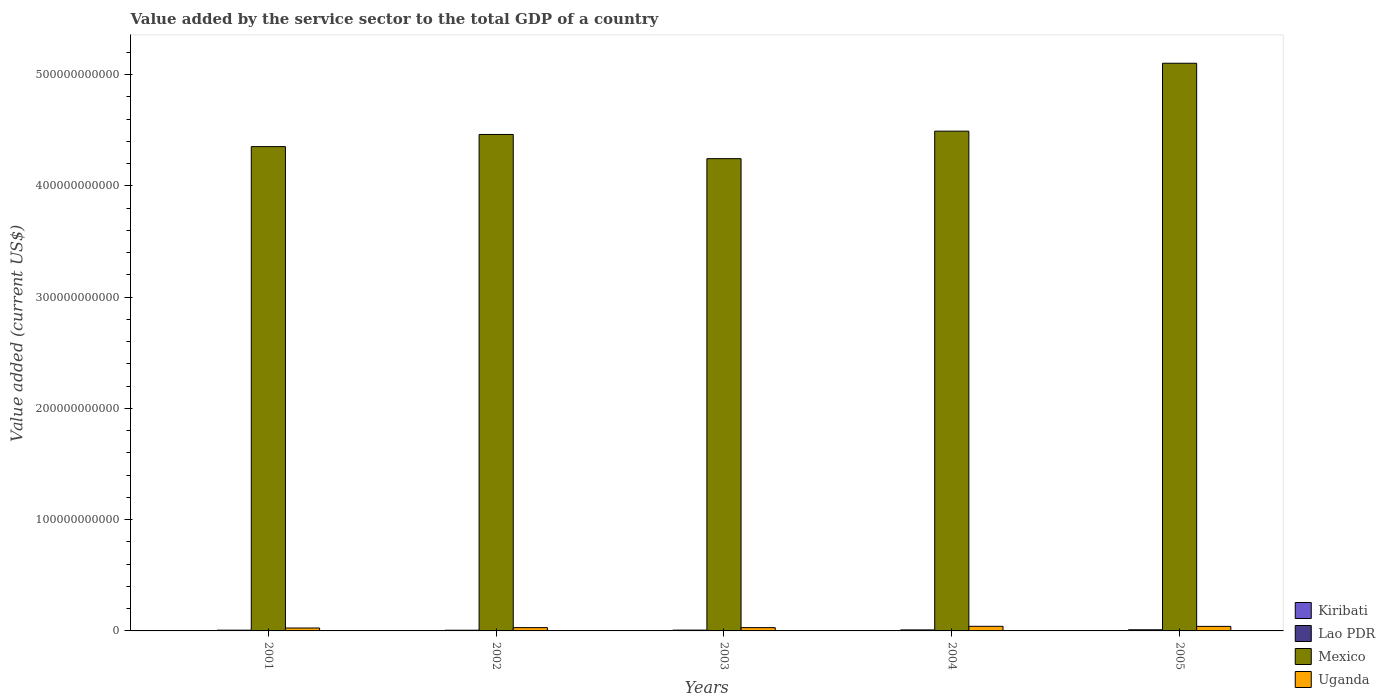
| Years | Kiribati | Lao PDR | Mexico | Uganda |
 | --- | --- | --- | --- | --- |
 | 2001 | 3.75e+07 | 6.82e+08 | 4.35e+11 | 2.62e+09 |
 | 2002 | 4.17e+07 | 6.28e+08 | 4.46e+11 | 2.95e+09 |
 | 2003 | 5.2e+07 | 7.19e+08 | 4.24e+11 | 2.95e+09 |
 | 2004 | 5.83e+07 | 9.04e+08 | 4.49e+11 | 4.13e+09 |
 | 2005 | 6.63e+07 | 1.01e+09 | 5.1e+11 | 4.08e+09 |